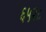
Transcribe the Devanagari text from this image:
६५२८